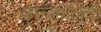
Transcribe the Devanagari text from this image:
उज्जालिक